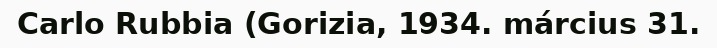
Carlo Rubbia (Gorizia, 1934. március 31.